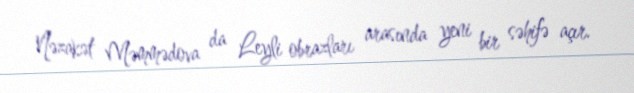
Nəzakət Məmmədova da Leyli obrazları arasında yeni bir səhifə açır.